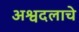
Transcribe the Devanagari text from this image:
अश्वदलाचे